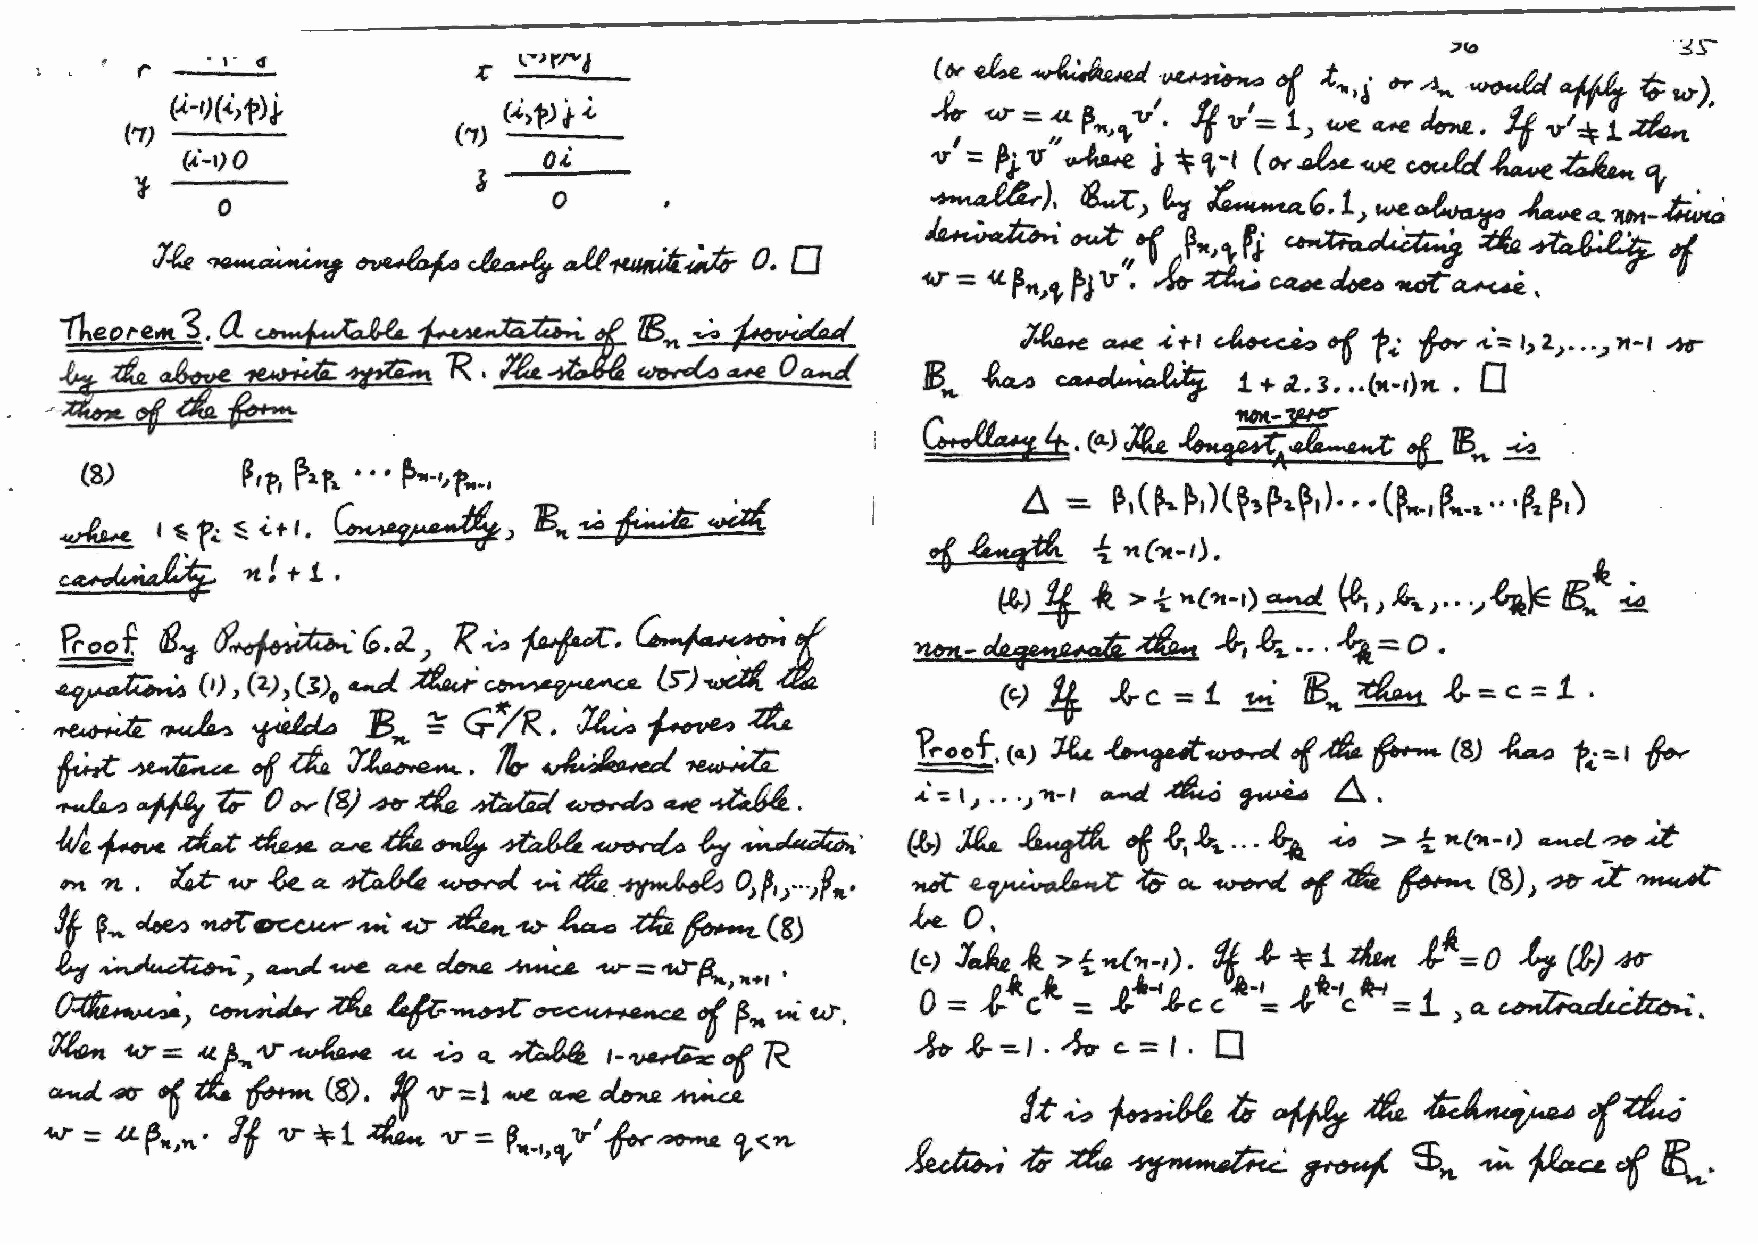
rl"" 4
 . ,. d           ~  l .... ,
 ('
 (..i-t)(.i,t)j.
 (..i>t);,. .(,
 ('1) -                ( "1) .-.;...__
 (i-1)0                  oi.
 }---                  b    0
 0